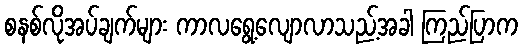
စနစ်လိုအပ်ချက်များ ကာလရွေ့လျောလာသည့်အခါ ကြည်ပြာက